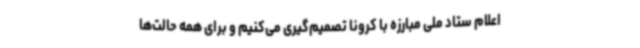
اعلام ستاد ملی مبارزه با کرونا تصمیم‌گیری می‌کنیم و برای همه حالت‌ها